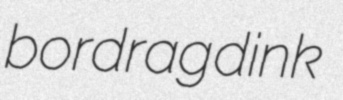
bordrag dink